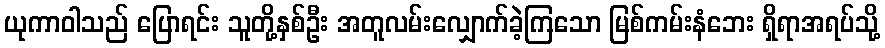
ယုကာဝါသည် ပြောရင်း သူတို့နှစ်ဦး အတူလမ်းလျှောက်ခဲ့ကြသော မြစ်ကမ်းနံဘေး ရှိရာအရပ်သို့